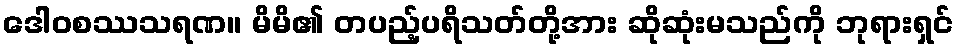
ဒေါဝစဿသရဏ။ မိမိ၏ တပည့်ပရိသတ်တို့အား ဆိုဆုံးမသည်ကို ဘုရားရှင်